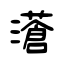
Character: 濸